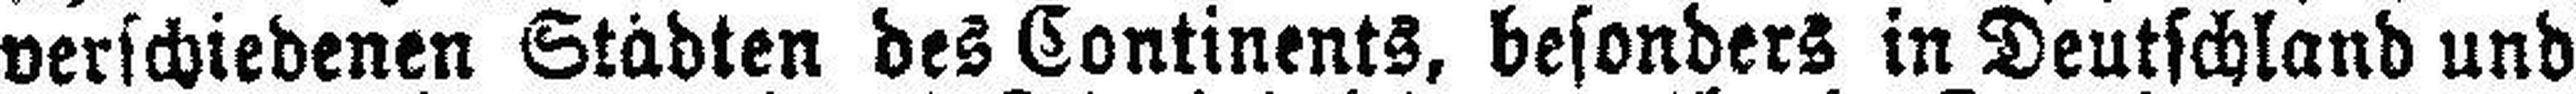
verschiedenen Städten des Continents, besonders in Deutschland und